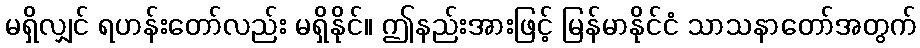
မရှိလျှင် ရဟန်းတော်လည်း မရှိနိုင်။ ဤနည်းအားဖြင့် မြန်မာနိုင်ငံ သာသနာတော်အတွက်